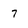
Character: 7